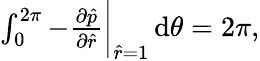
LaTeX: \begin{array}{r}{\int_{0}^{2\pi}-\frac{\partial\hat{p}}{\partial\hat{r}}\bigg\rvert_{\hat{r}=1}\, \textrm{d}\theta=2\pi,}\end{array}